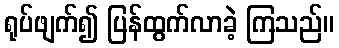
ရုပ်ဖျက်၍ ပြန်ထွက်လာခဲ့ ကြသည်။